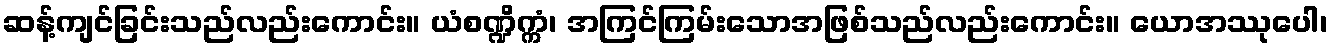
ဆန့်ကျင်ခြင်းသည်လည်းကောင်း။ ယံစဏ္ဍိက္ကံ၊ အကြင်ကြမ်းသောအဖြစ်သည်လည်းကောင်း။ ယောအဿုပေါ၊